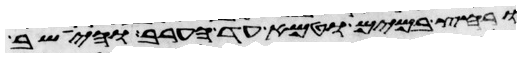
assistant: ורחץ במים וטמא עד הערב והישב